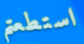
استطعتم